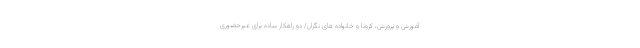
آموزش و پرورش، کرونا و خانواده های نگران/ دو راهکار ساده برای غیرحضوری